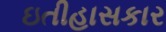
ઇતીહાસકાર